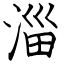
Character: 淄